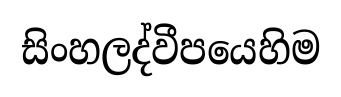
සිංහලද්වීපයෙහිම